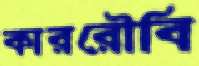
কাররৌবি